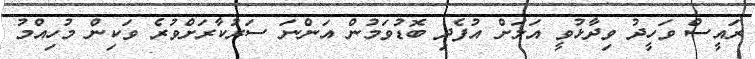
ރައީސް ވަހީދު ވިދާޅުވީ އަލަށް އުފެދި ބޮޑުވަމުން އަންނަ ސަރުކާރަށްވުރެ ވަކިން މުހިއްމު